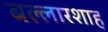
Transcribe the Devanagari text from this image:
बल्लारशाह